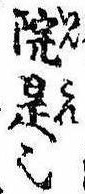
院是也